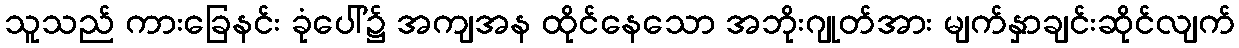
သူသည် ကားခြေနင်း ခုံပေါ်၌ အကျအန ထိုင်နေသော အဘိုးဂျုတ်အား မျက်နှာချင်းဆိုင်လျက်